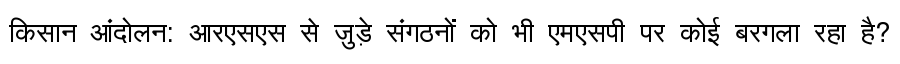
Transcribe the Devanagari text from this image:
किसान आंदोलन: आरएसएस से जुड़े संगठनों को भी एमएसपी पर कोई बरगला रहा है?